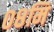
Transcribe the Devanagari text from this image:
०८मि